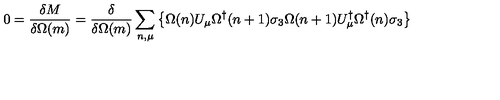
0 = \frac { \delta M } { \delta \Omega ( m ) } = \frac { \delta } { \delta \Omega ( m ) } \sum _ { n , \mu } \left\{ \Omega ( n ) U _ { \mu } \Omega ^ { \dagger } ( n + 1 ) \sigma _ { 3 } \Omega ( n + 1 ) U _ { \mu } ^ { \dagger } \Omega ^ { \dagger } ( n ) \sigma _ { 3 } \right\}